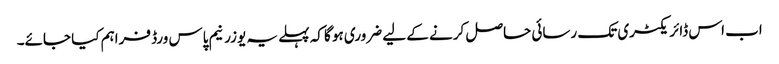
اب اس ڈائریکٹری تک رسائی حاصل کرنے کے لیے ضروری ہو گا کہ پہلے یہ یوزرنیم پاس ورڈ فراہم کیا جائے۔